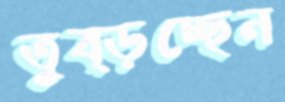
তুব্‌ড়চ্ছেন